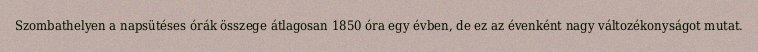
Szombathelyen a napsütéses órák összege átlagosan 1850 óra egy évben, de ez az évenként nagy változékonyságot mutat.